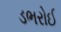
ડભરોઈ